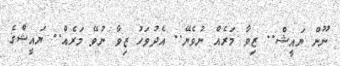
ނޫން ޔައީޝް.. ޒިވާ މަރެއް ނުވެޔޭ.. އެދުވަހު ޒިވާ ނުވޭ މަރެއް.. ޔައީޝްގެ